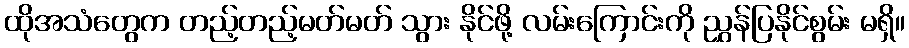
ထိုအသံတွေက တည့်တည့်မတ်မတ် သွား နိုင်ဖို့ လမ်းကြောင်းကို ညွှန်ပြနိုင်စွမ်း မရှိ။